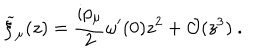
LaTeX: { \widetilde \xi } _ { \mu } ( z ) = { \frac { i p _ { \mu } } { 2 } } \omega ^ { \prime } ( 0 ) z ^ { 2 } + { \cal O } ( z ^ { 3 } ) ~ .